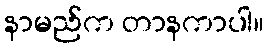
နာမည်က တာနကာပါ။